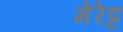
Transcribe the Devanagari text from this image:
मेरेट्ट